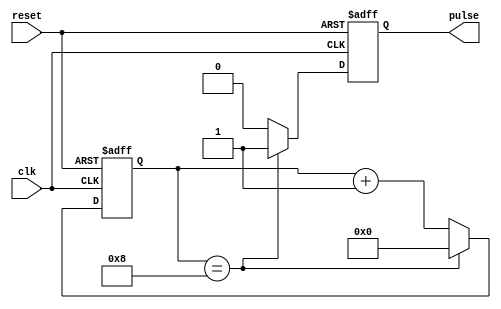
module pulse_generator(
    input wire clk,
    input wire reset,
    output reg pulse
);

reg [3:0] counter;

always @(posedge clk or posedge reset) begin
    if (reset) begin
        counter <= 0;
        pulse <= 0;
    end else begin
        if (counter == 8) begin
            counter <= 0;
            pulse <= 1;
        end else begin
            counter <= counter + 1;
            pulse <= 0;
        end
    end
end

endmodule